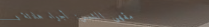
مقهى الشمس: أجواء هادئة و